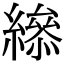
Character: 𦅒